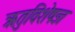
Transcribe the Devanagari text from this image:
ऋतुविशेषज्ञ